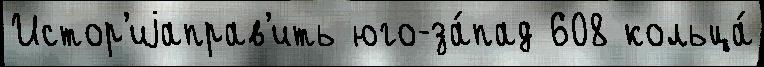
Истор'иjаправ'ить юго-за́пад 608 кольца́